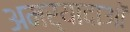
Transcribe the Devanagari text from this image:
अमर्यादाओं